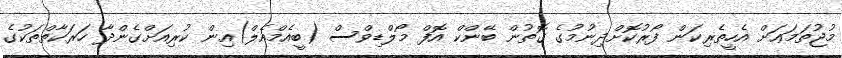
މުޖުތަމަޢަށް އެހީތެރިކަން ފޯރުކޮށްދިނުމުގެ ގޮތުން ބޭންކް އޮފް މޯލްޑިވްސް (ބީއެމްއެލް)އިން ކުރިއަށްގެންދާ ހަރަކާތްތަކުގެ